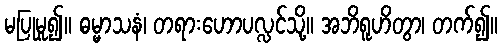
မပြုမူ၍။ ဓမ္မာသနံ၊ တရားဟောပလ္လင်သို့။ အဘိရူဟိတွာ၊ တက်၍။